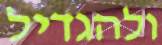
ולהגדיל